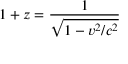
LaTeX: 1 + z = { \frac { 1 } { \sqrt { 1 - v ^ { 2 } / c ^ { 2 } } } }